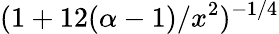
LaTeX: (1+12(\alpha-1)/x^{2})^{-1/4}